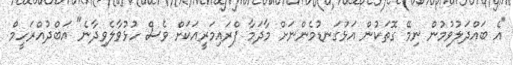
"އެ ބައްދަލުވުމުން ނިމޭ ގޮތަކުން އަޅުގަނޑުމެންނަށް މާދަމާ ޕްރައިމަރީއަކަށް ވެސް ހުޅުވާލެވިދާނެ" އަބްދުއްރަހީމް